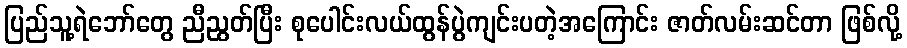
ပြည်သူ့ရဲဘော်တွေ ညီညွတ်ပြီး စုပေါင်းလယ်ထွန်ပွဲကျင်းပတဲ့အကြောင်း ဇာတ်လမ်းဆင်တာ ဖြစ်လို့